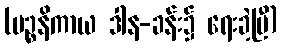
(ပဉ္စနိကာယ ဒါန-ခန်း၌ ရေးခဲ့ပြီ)